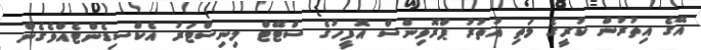
އޭގެ އިތުރުން ކުރީގެ މަތި އުތުރު ޕްރޮވިންސް އޮފީހުގެ ސްޓޭޓް މިނިސްޓަރު އެކްސިޑެންޓެއްވެގެން